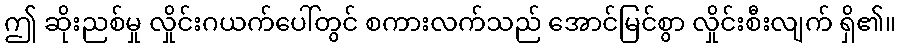
ဤ ဆိုးညစ်မှု လှိုင်းဂယက်ပေါ်တွင် စကားလက်သည် အောင်မြင်စွာ လှိုင်းစီးလျက် ရှိ၏။